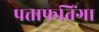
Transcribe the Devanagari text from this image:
पत्ताफतिंगा